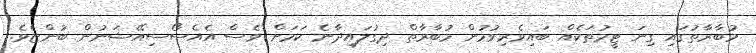
މުބާރާތުގައި ގިނަ ޓީމުތަކެއް ބައިވެރިވުމުން މުބާރާތް ދިގުލައިދާނެ ކަމަށް ވެސް އެއެސޯސިއޭޝަނުން ބުންޏެވެ.